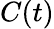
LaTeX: C(t)